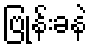
ဗြုန်းခနဲ